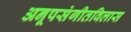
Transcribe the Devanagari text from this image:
अनूपसंगीतविलास